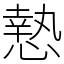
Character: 慹